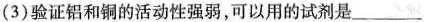
(3)验证铝和铜的活动性强弱，可以用的试剂是___